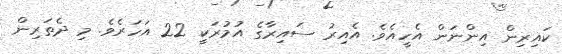
ކައިރިން އިންނަން އެހީއެވެ. އެއިރު ސައިރާގެ އުމުރަކީ 22 އަހަރެވެ. މި ދެތަރިން